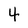
Character: 4